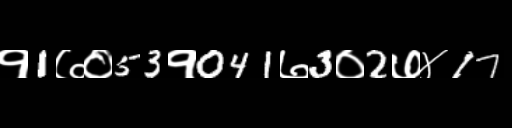
Text: १1७०53१041७3०2७४17